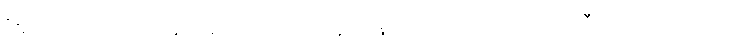
“ဧဝံ ဘာဝိတာယ ခေါ, ရာဟုလ, အာနာပါနဿတိယာ ဧဝံ ဗဟုလီကတာယ ယေပိ